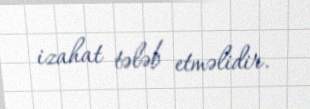
izahat tələb etməlidir.